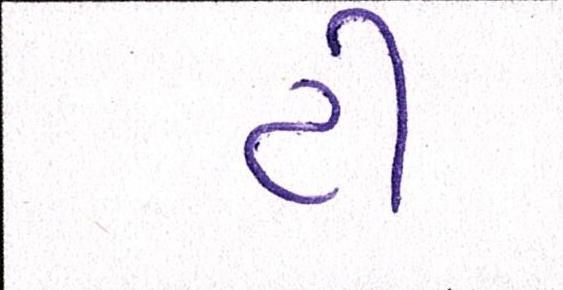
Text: ટી